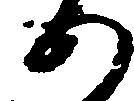
あ